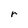
Character: r